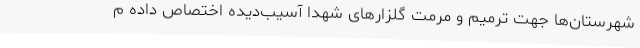
شهرستان‌ها جهت ترمیم و مرمت گلزارهای شهدا آسیب‌دیده اختصاص داده م